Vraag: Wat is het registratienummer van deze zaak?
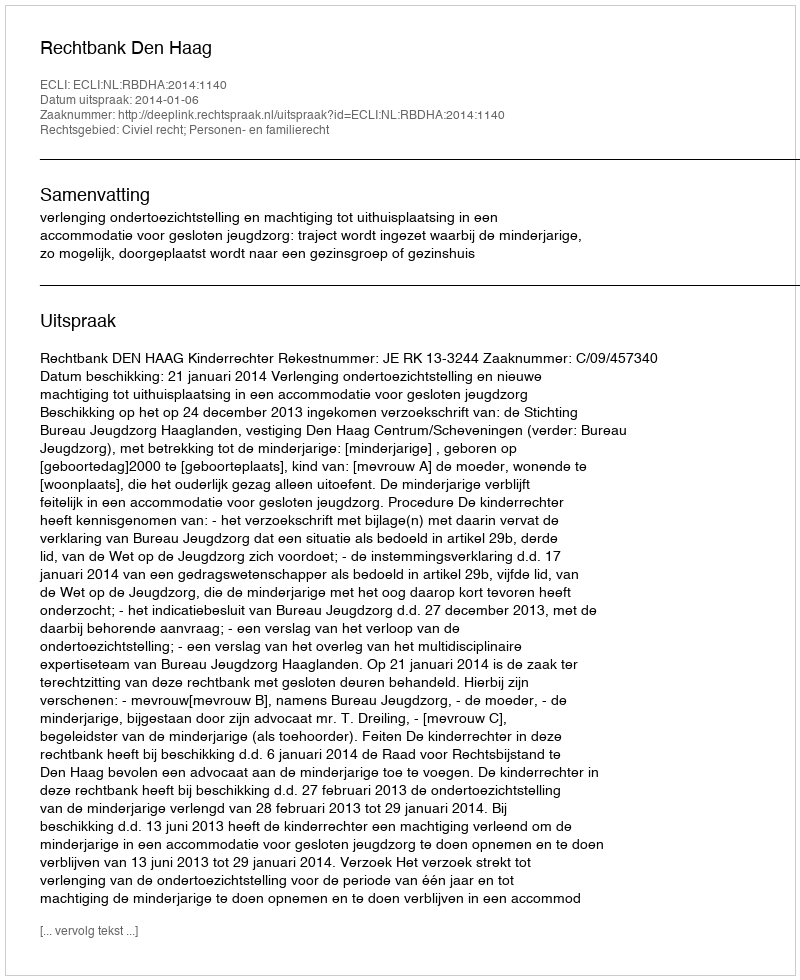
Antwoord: http://deeplink.rechtspraak.nl/uitspraak?id=ECLI:NL:RBDHA:2014:1140